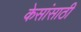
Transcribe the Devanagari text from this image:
केसांसाठी